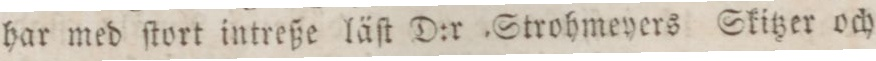
har med ſtort intreße läſt D:r ,Strohmeyers Skitzer och